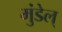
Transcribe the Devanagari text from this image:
मुंडेल्